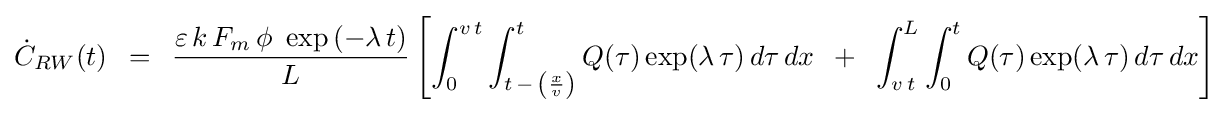
{\dot {C}}_{RW}(t)\,\,\,=\,\,\,{{\varepsilon \,k\,F_{m}\,\phi \,\,\exp \left({-\lambda \,t}\right)} \over L}\left[{\int _{0}^{v\,t}{\int _{t\,-\,\left({x \over v}\right)}^{t}{Q(\tau )\exp(\lambda \,\tau )\,d\tau \,dx\,\,\,+\,\,\,\int _{v\,t}^{L}{\int _{0}^{t}{Q(\tau )\exp(\lambda \,\tau )\,d\tau \,dx}}}}}\right]